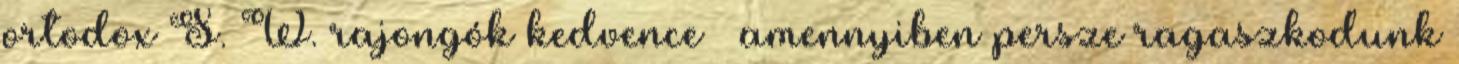
ortodox S. W. rajongók kedvence – amennyiben persze ragaszkodunk